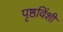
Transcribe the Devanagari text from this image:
पृष्ठविंशी